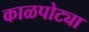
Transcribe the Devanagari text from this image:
काळपोट्या